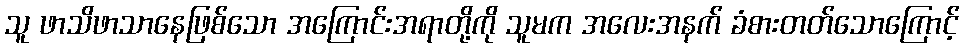
သူ ဖာသိဖာသာနေဖြစ်သော အကြောင်းအရာတို့ကို သူမက အလေးအနက် ခံစားတတ်သောကြောင့်